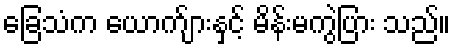
ခြေသံက ယောက်ျားနှင့် မိန်းမကွဲပြား သည်။